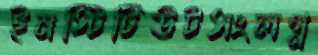
ইনস্টিটিউটসংলগ্ন